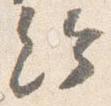
給